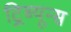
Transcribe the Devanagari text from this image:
ट्रिब्यून्स